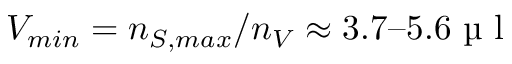
V _ { m i n } = n _ { S , m a x } / n _ { V } \approx 3 . 7 – 5 . 6 \mathrm { ~ µ ~ l ~ }